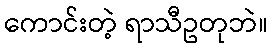
ကောင်းတဲ့ ရာသီဥတုဘဲ။